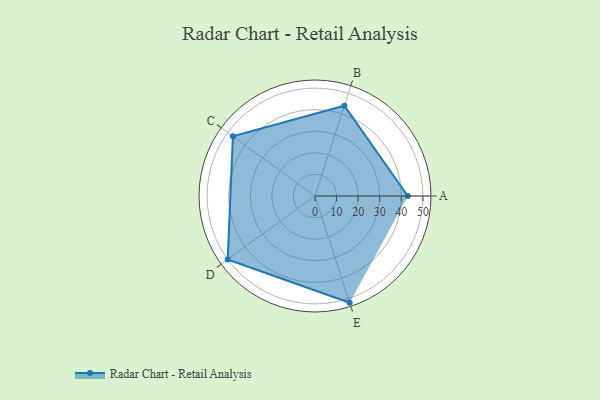
{"axis": {"x": "Skill", "y": "Score"}, "legend": ["Profile"], "data": [{"x": "A", "y": 43.0, "type": "Profile"}, {"x": "B", "y": 44.0, "type": "Profile"}, {"x": "C", "y": 47.0, "type": "Profile"}, {"x": "D", "y": 50.0, "type": "Profile"}, {"x": "E", "y": 52.0, "type": "Profile"}]}